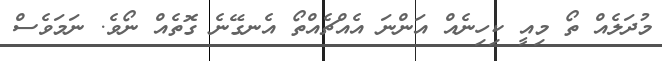
މުދަލެއް ތޯ މިއީ ކިހިނެއް އަންނަ އެއްޗެއްތޯ އެނގޭނެ ގޮތެއް ނޯވެ. ނަމަވެސް